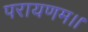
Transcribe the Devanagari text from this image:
परायणम।।